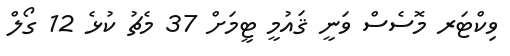
ވިކްޓަރ މޮސެސް ވަނީ ޤައުމީ ޓީމަށް 37 މެޗު ކުޅެ 12 ގޯލް